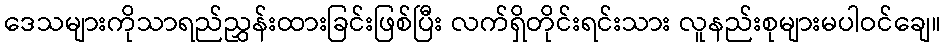
ဒေသများကိုသာရည်ညွှန်းထားခြင်းဖြစ်ပြီး လက်ရှိတိုင်းရင်းသား လူနည်းစုများမပါဝင်ချေ။